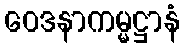
ဝေဒနာကမ္မဋ္ဌာနံ